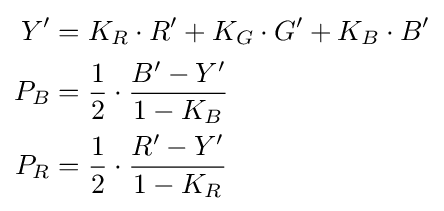
{\begin{aligned}Y'&=K_{R}\cdot R'+K_{G}\cdot G'+K_{B}\cdot B'\\P_{B}&={\frac {1}{2}}\cdot {\frac {B'-Y'}{1-K_{B}}}\\P_{R}&={\frac {1}{2}}\cdot {\frac {R'-Y'}{1-K_{R}}}\end{aligned}}